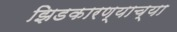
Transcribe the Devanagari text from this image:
झिडकारण्याच्या